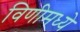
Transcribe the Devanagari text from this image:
विणीमध्ये